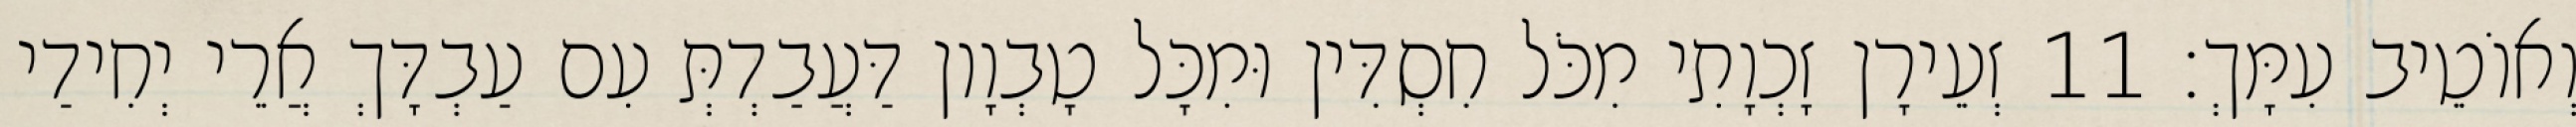
וְאוֹטֵיב עִמָּךְ׃ 11 זְעֵירָן זָכְוָתִי מִכֹּל חִסְדִּין וּמִכָּל טָבְוָון דַּעֲבַדְתְּ עִם עַבְדָּךְ אֲרֵי יְחִידַי